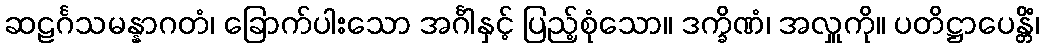
ဆဠင်္ဂသမန္နာဂတံ၊ ခြောက်ပါးသော အင်္ဂါနှင့် ပြည့်စုံသော။ ဒက္ခိဏံ၊ အလှူကို။ ပတိဋ္ဌာပေန္တိံ၊